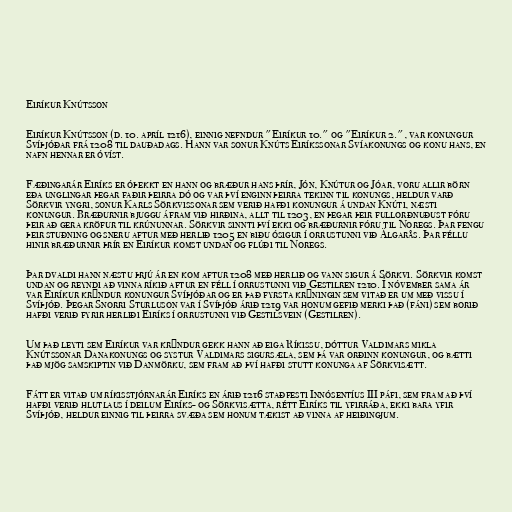
Eiríkur Knútsson

Eiríkur Knútsson (d. 10. apríl 1216), einnig nefndur "Eiríkur 10." og "Eiríkur 2.", var konungur
Svíþjóðar frá 1208 til dauðadags. Hann var sonur Knúts Eiríkssonar Svíakonungs og konu hans, en
nafn hennar er óvíst.

Fæðingarár Eiríks er óþekkt en hann og bræður hans þrír, Jón, Knútur og Jóar, voru allir börn
eða unglingar þegar faðir þeirra dó og var því enginn þeirra tekinn til konungs, heldur varð
Sörkvir yngri, sonur Karls Sörkvissonar sem verið hafði konungur á undan Knúti, næsti
konungur. Bræðurnir bjuggu áfram við hirðina, allt til 1203, en þegar þeir fullorðnuðust fóru
þeir að gera kröfur til krúnunnar. Sörkvir sinnti því ekki og bræðurnir fóru til Noregs. Þar fengu
þeir stuðning og sneru aftur með herlið 1205 en biðu ósigur í orrustunni við Älgarås. Þar féllu
hinir bræðurnir þrír en Eiríkur komst undan og flúði til Noregs.

Þar dvaldi hann næstu þrjú ár en kom aftur 1208 með herlið og vann sigur á Sörkvi. Sörkvir komst
undan og reyndi að vinna ríkið aftur en féll í orrustunni við Gestilren 1210. Í nóvember sama ár
var Eiríkur krýndur konungur Svíþjóðar og er það fyrsta krýningin sem vitað er um með vissu í
Svíþjóð. Þegar Snorri Sturluson var í Svíþjóð árið 1219 var honum gefið merki það (fáni) sem borið
hafði verið fyrir herliði Eiríks í orrustunni við Gestilsvein (Gestilren).

Um það leyti sem Eiríkur var krýndur gekk hann að eiga Ríkissu, dóttur Valdimars mikla
Knútssonar Danakonungs og systur Valdimars sigursæla, sem þá var orðinn konungur, og bætti
það mjög samskiptin við Danmörku, sem fram að því hafði stutt konunga af Sörkvisætt.

Fátt er vitað um ríkisstjórnarár Eiríks en árið 1216 staðfesti Innósentíus III páfi, sem fram að því
hafði verið hlutlaus í deilum Eiríks- og Sörkvisætta, rétt Eiríks til yfirráða, ekki bara yfir
Svíþjóð, heldur einnig til þeirra svæða sem honum tækist að vinna af heiðingjum.